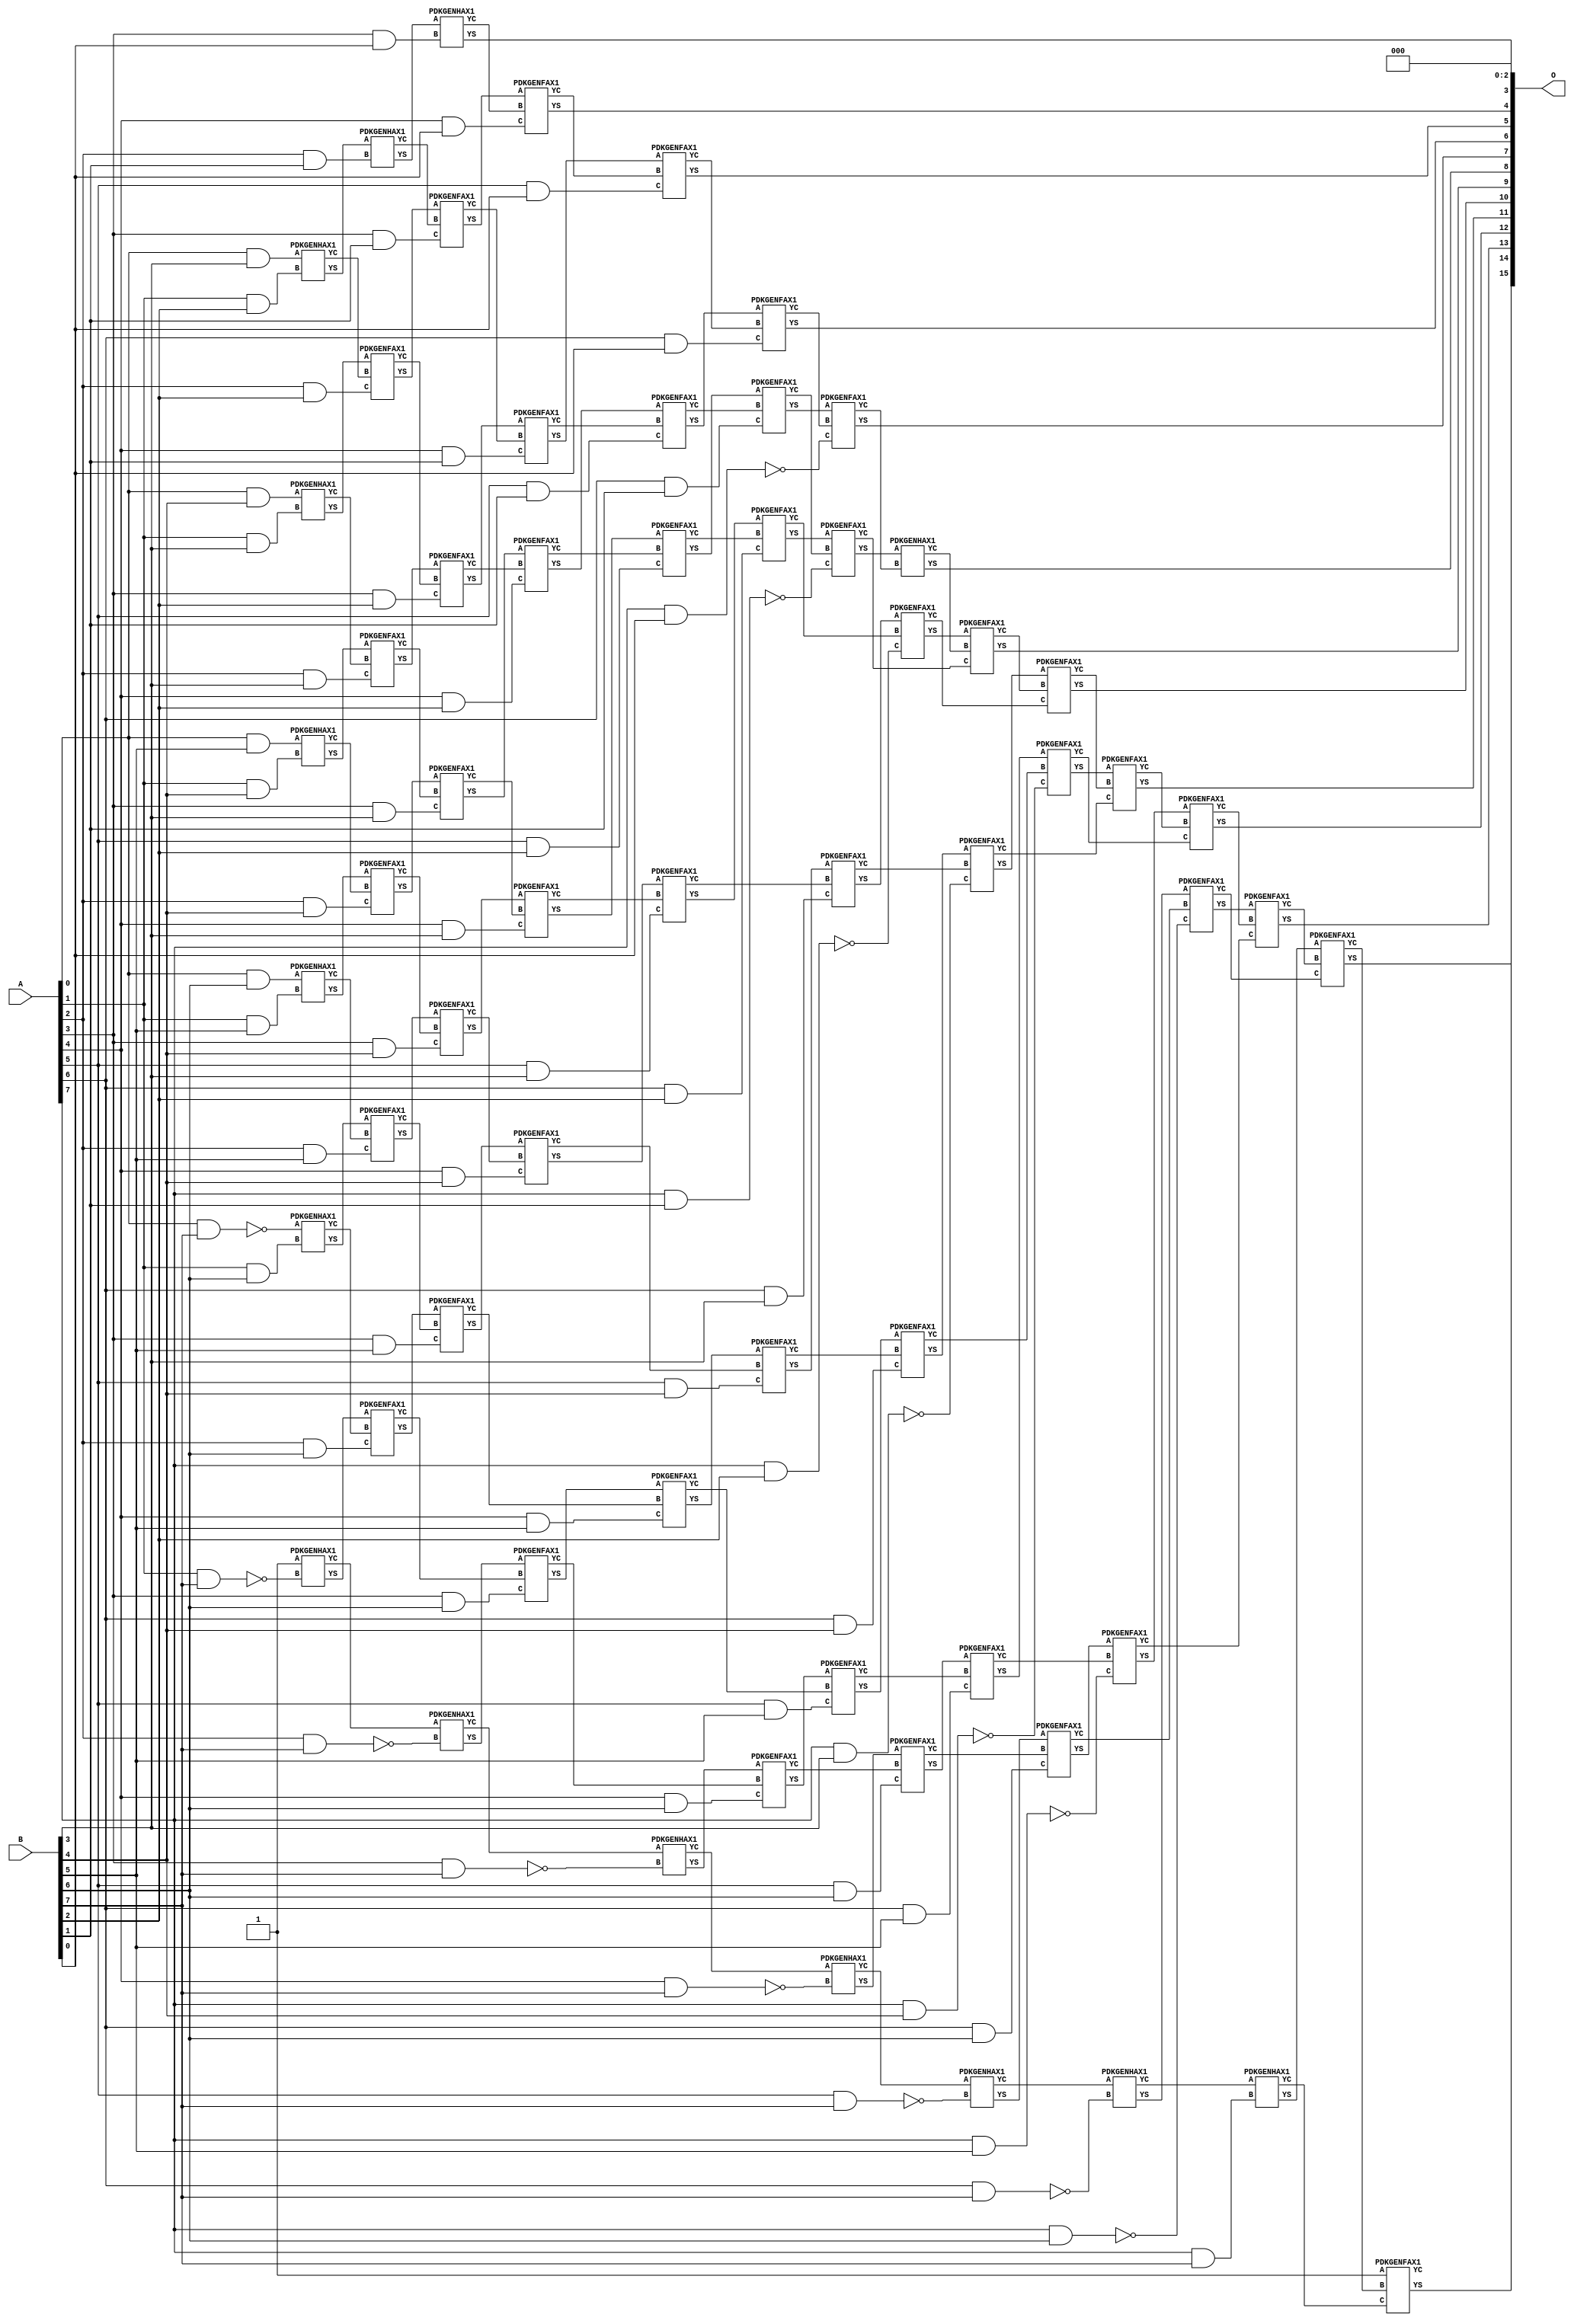
/***
* This code is a part of EvoApproxLib library (ehw.fit.vutbr.cz/approxlib) distributed under The MIT License.
* When used, please cite the following article(s): V. Mrazek, Z. Vasicek, L. Sekanina, H. Jiang and J. Han, "Scalable Construction of Approximate Multipliers With Formally Guaranteed Worst Case Error" in IEEE Transactions on Very Large Scale Integration (VLSI) Systems, vol. 26, no. 11, pp. 2572-2576, Nov. 2018. doi: 10.1109/TVLSI.2018.2856362 
* This file contains a circuit from a sub-set of pareto optimal circuits with respect to the pwr and wce parameters
***/
// MAE% = 0.0064 %
// MAE = 4.2 
// WCE% = 0.026 %
// WCE = 17 
// WCRE% = 1700.00 %
// EP% = 68.75 %
// MRE% = 0.90 %
// MSE = 34 
// PDK45_PWR = 0.410 mW
// PDK45_AREA = 685.2 um2
// PDK45_DELAY = 1.47 ns


module mul8s_1KVB ( A, B, O );
  input [7:0] A;
  input [7:0] B;
  output [15:0] O;

  wire C_1_2,C_1_3,C_1_4,C_1_5,C_1_6,C_1_7,C_2_1,C_2_2,C_2_3,C_2_4,C_2_5,C_2_6,C_2_7,C_3_0,C_3_1,C_3_2,C_3_3,C_3_4,C_3_5,C_3_6,C_3_7,C_4_0,C_4_1,C_4_2,C_4_3,C_4_4,C_4_5,C_4_6,C_4_7,C_5_0,C_5_1,C_5_2,C_5_3,C_5_4,C_5_5,C_5_6,C_5_7,C_6_0,C_6_1,C_6_2,C_6_3,C_6_4,C_6_5,C_6_6,C_6_7,C_7_0,C_7_1,C_7_2,C_7_3,C_7_4,C_7_5,C_7_6,C_7_7,C_8_0,C_8_1,C_8_2,C_8_3,C_8_4,C_8_5,C_8_6,C_8_7,S_0_3,S_0_4,S_0_5,S_0_6,S_0_7,S_1_2,S_1_3,S_1_4,S_1_5,S_1_6,S_1_7,S_2_1,S_2_2,S_2_3,S_2_4,S_2_5,S_2_6,S_2_7,S_3_0,S_3_1,S_3_2,S_3_3,S_3_4,S_3_5,S_3_6,S_3_7,S_4_0,S_4_1,S_4_2,S_4_3,S_4_4,S_4_5,S_4_6,S_4_7,S_5_0,S_5_1,S_5_2,S_5_3,S_5_4,S_5_5,S_5_6,S_5_7,S_6_0,S_6_1,S_6_2,S_6_3,S_6_4,S_6_5,S_6_6,S_6_7,S_7_0,S_7_1,S_7_2,S_7_3,S_7_4,S_7_5,S_7_6,S_7_7,S_8_0,S_8_1,S_8_2,S_8_3,S_8_4,S_8_5,S_8_6,S_8_7;

  assign S_0_3 = (A[0] & B[3]);
  assign S_0_4 = (A[0] & B[4]);
  assign S_0_5 = (A[0] & B[5]);
  assign S_0_6 = (A[0] & B[6]);
  assign S_0_7 = ~(A[0] & B[7]);
  PDKGENHAX1 U443 (.A(S_0_3), .B((A[1] & B[2])), .YS(S_1_2), .YC(C_1_2));
  PDKGENHAX1 U444 (.A(S_0_4), .B((A[1] & B[3])), .YS(S_1_3), .YC(C_1_3));
  PDKGENHAX1 U445 (.A(S_0_5), .B((A[1] & B[4])), .YS(S_1_4), .YC(C_1_4));
  PDKGENHAX1 U446 (.A(S_0_6), .B((A[1] & B[5])), .YS(S_1_5), .YC(C_1_5));
  PDKGENHAX1 U447 (.A(S_0_7), .B((A[1] & B[6])), .YS(S_1_6), .YC(C_1_6));
  PDKGENHAX1 U448 (.A(1'b1), .B(~(A[1] & B[7])), .YS(S_1_7), .YC(C_1_7));
  PDKGENHAX1 U450 (.A(S_1_2), .B((A[2] & B[1])), .YS(S_2_1), .YC(C_2_1));
  PDKGENFAX1 U451 (.A(S_1_3), .B(C_1_2), .C((A[2] & B[2])), .YS(S_2_2), .YC(C_2_2));
  PDKGENFAX1 U452 (.A(S_1_4), .B(C_1_3), .C((A[2] & B[3])), .YS(S_2_3), .YC(C_2_3));
  PDKGENFAX1 U453 (.A(S_1_5), .B(C_1_4), .C((A[2] & B[4])), .YS(S_2_4), .YC(C_2_4));
  PDKGENFAX1 U454 (.A(S_1_6), .B(C_1_5), .C((A[2] & B[5])), .YS(S_2_5), .YC(C_2_5));
  PDKGENFAX1 U455 (.A(S_1_7), .B(C_1_6), .C((A[2] & B[6])), .YS(S_2_6), .YC(C_2_6));
  PDKGENHAX1 U456 (.A(C_1_7), .B(~(A[2] & B[7])), .YS(S_2_7), .YC(C_2_7));
  PDKGENHAX1 U457 (.A(S_2_1), .B((A[3] & B[0])), .YS(S_3_0), .YC(C_3_0));
  PDKGENFAX1 U458 (.A(S_2_2), .B(C_2_1), .C((A[3] & B[1])), .YS(S_3_1), .YC(C_3_1));
  PDKGENFAX1 U459 (.A(S_2_3), .B(C_2_2), .C((A[3] & B[2])), .YS(S_3_2), .YC(C_3_2));
  PDKGENFAX1 U460 (.A(S_2_4), .B(C_2_3), .C((A[3] & B[3])), .YS(S_3_3), .YC(C_3_3));
  PDKGENFAX1 U461 (.A(S_2_5), .B(C_2_4), .C((A[3] & B[4])), .YS(S_3_4), .YC(C_3_4));
  PDKGENFAX1 U462 (.A(S_2_6), .B(C_2_5), .C((A[3] & B[5])), .YS(S_3_5), .YC(C_3_5));
  PDKGENFAX1 U463 (.A(S_2_7), .B(C_2_6), .C((A[3] & B[6])), .YS(S_3_6), .YC(C_3_6));
  PDKGENHAX1 U464 (.A(C_2_7), .B(~(A[3] & B[7])), .YS(S_3_7), .YC(C_3_7));
  PDKGENFAX1 U465 (.A(S_3_1), .B(C_3_0), .C((A[4] & B[0])), .YS(S_4_0), .YC(C_4_0));
  PDKGENFAX1 U466 (.A(S_3_2), .B(C_3_1), .C((A[4] & B[1])), .YS(S_4_1), .YC(C_4_1));
  PDKGENFAX1 U467 (.A(S_3_3), .B(C_3_2), .C((A[4] & B[2])), .YS(S_4_2), .YC(C_4_2));
  PDKGENFAX1 U468 (.A(S_3_4), .B(C_3_3), .C((A[4] & B[3])), .YS(S_4_3), .YC(C_4_3));
  PDKGENFAX1 U469 (.A(S_3_5), .B(C_3_4), .C((A[4] & B[4])), .YS(S_4_4), .YC(C_4_4));
  PDKGENFAX1 U470 (.A(S_3_6), .B(C_3_5), .C((A[4] & B[5])), .YS(S_4_5), .YC(C_4_5));
  PDKGENFAX1 U471 (.A(S_3_7), .B(C_3_6), .C((A[4] & B[6])), .YS(S_4_6), .YC(C_4_6));
  PDKGENHAX1 U472 (.A(C_3_7), .B(~(A[4] & B[7])), .YS(S_4_7), .YC(C_4_7));
  PDKGENFAX1 U473 (.A(S_4_1), .B(C_4_0), .C((A[5] & B[0])), .YS(S_5_0), .YC(C_5_0));
  PDKGENFAX1 U474 (.A(S_4_2), .B(C_4_1), .C((A[5] & B[1])), .YS(S_5_1), .YC(C_5_1));
  PDKGENFAX1 U475 (.A(S_4_3), .B(C_4_2), .C((A[5] & B[2])), .YS(S_5_2), .YC(C_5_2));
  PDKGENFAX1 U476 (.A(S_4_4), .B(C_4_3), .C((A[5] & B[3])), .YS(S_5_3), .YC(C_5_3));
  PDKGENFAX1 U477 (.A(S_4_5), .B(C_4_4), .C((A[5] & B[4])), .YS(S_5_4), .YC(C_5_4));
  PDKGENFAX1 U478 (.A(S_4_6), .B(C_4_5), .C((A[5] & B[5])), .YS(S_5_5), .YC(C_5_5));
  PDKGENFAX1 U479 (.A(S_4_7), .B(C_4_6), .C((A[5] & B[6])), .YS(S_5_6), .YC(C_5_6));
  PDKGENHAX1 U480 (.A(C_4_7), .B(~(A[5] & B[7])), .YS(S_5_7), .YC(C_5_7));
  PDKGENFAX1 U481 (.A(S_5_1), .B(C_5_0), .C((A[6] & B[0])), .YS(S_6_0), .YC(C_6_0));
  PDKGENFAX1 U482 (.A(S_5_2), .B(C_5_1), .C((A[6] & B[1])), .YS(S_6_1), .YC(C_6_1));
  PDKGENFAX1 U483 (.A(S_5_3), .B(C_5_2), .C((A[6] & B[2])), .YS(S_6_2), .YC(C_6_2));
  PDKGENFAX1 U484 (.A(S_5_4), .B(C_5_3), .C((A[6] & B[3])), .YS(S_6_3), .YC(C_6_3));
  PDKGENFAX1 U485 (.A(S_5_5), .B(C_5_4), .C((A[6] & B[4])), .YS(S_6_4), .YC(C_6_4));
  PDKGENFAX1 U486 (.A(S_5_6), .B(C_5_5), .C((A[6] & B[5])), .YS(S_6_5), .YC(C_6_5));
  PDKGENFAX1 U487 (.A(S_5_7), .B(C_5_6), .C((A[6] & B[6])), .YS(S_6_6), .YC(C_6_6));
  PDKGENHAX1 U488 (.A(C_5_7), .B(~(A[6] & B[7])), .YS(S_6_7), .YC(C_6_7));
  PDKGENFAX1 U489 (.A(S_6_1), .B(C_6_0), .C(~(A[7] & B[0])), .YS(S_7_0), .YC(C_7_0));
  PDKGENFAX1 U490 (.A(S_6_2), .B(C_6_1), .C(~(A[7] & B[1])), .YS(S_7_1), .YC(C_7_1));
  PDKGENFAX1 U491 (.A(S_6_3), .B(C_6_2), .C(~(A[7] & B[2])), .YS(S_7_2), .YC(C_7_2));
  PDKGENFAX1 U492 (.A(S_6_4), .B(C_6_3), .C(~(A[7] & B[3])), .YS(S_7_3), .YC(C_7_3));
  PDKGENFAX1 U493 (.A(S_6_5), .B(C_6_4), .C(~(A[7] & B[4])), .YS(S_7_4), .YC(C_7_4));
  PDKGENFAX1 U494 (.A(S_6_6), .B(C_6_5), .C(~(A[7] & B[5])), .YS(S_7_5), .YC(C_7_5));
  PDKGENFAX1 U495 (.A(S_6_7), .B(C_6_6), .C(~(A[7] & B[6])), .YS(S_7_6), .YC(C_7_6));
  PDKGENHAX1 U496 (.A(C_6_7), .B((A[7] & B[7])), .YS(S_7_7), .YC(C_7_7));
  PDKGENHAX1 U497 (.A(S_7_1), .B(C_7_0), .YS(S_8_0), .YC(C_8_0));
  PDKGENFAX1 U498 (.A(S_7_2), .B(C_8_0), .C(C_7_1), .YS(S_8_1), .YC(C_8_1));
  PDKGENFAX1 U499 (.A(S_7_3), .B(C_8_1), .C(C_7_2), .YS(S_8_2), .YC(C_8_2));
  PDKGENFAX1 U500 (.A(S_7_4), .B(C_8_2), .C(C_7_3), .YS(S_8_3), .YC(C_8_3));
  PDKGENFAX1 U501 (.A(S_7_5), .B(C_8_3), .C(C_7_4), .YS(S_8_4), .YC(C_8_4));
  PDKGENFAX1 U502 (.A(S_7_6), .B(C_8_4), .C(C_7_5), .YS(S_8_5), .YC(C_8_5));
  PDKGENFAX1 U503 (.A(S_7_7), .B(C_8_5), .C(C_7_6), .YS(S_8_6), .YC(C_8_6));
  PDKGENFAX1 U504 (.A(1'b1), .B(C_8_6), .C(C_7_7), .YS(S_8_7), .YC(C_8_7));
  assign O = {S_8_7,S_8_6,S_8_5,S_8_4,S_8_3,S_8_2,S_8_1,S_8_0,S_7_0,S_6_0,S_5_0,S_4_0,S_3_0,1'b0,1'b0,1'b0};

endmodule

/* mod */
module PDKGENHAX1( input A, input B, output YS, output YC );
    assign YS = A ^ B;
    assign YC = A & B;
endmodule
/* mod */
module PDKGENFAX1( input A, input B, input C, output YS, output YC );
    assign YS = (A ^ B) ^ C;
    assign YC = (A & B) | (B & C) | (A & C);
endmodule